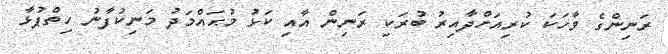
ރަނިންގެ ވާހަކަ ކުރިއަށްދާއިރު ބުރަކި ރަނިން އާއި ކަޅު މުޙައްމަދު މަނިކުފާނު ހިތްޕުޅާ